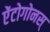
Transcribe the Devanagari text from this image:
ऐंटोगोनस्‌